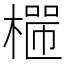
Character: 𣙐